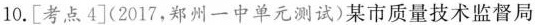
10. [考点4] (2017，郑州一中单元测试)某市质量技术监督局